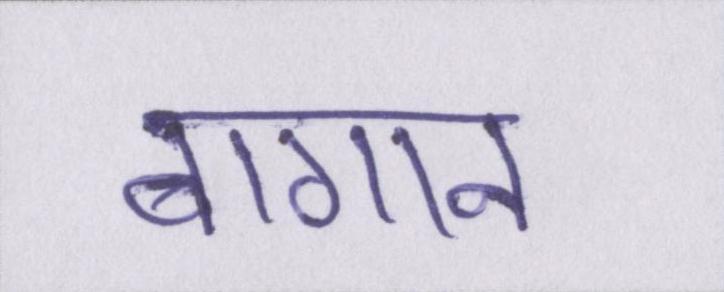
बागान